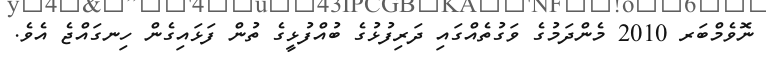
ނޮވެމްބަރ 2010 މެންދަމުގެ ވަގުތެއްގައި ދަރިފުޅުގެ ބުއްފުޅީގެ ތުން ފަޅައިގެން ހިނގައްޖެ އެވެ.